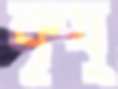
কৃষ্